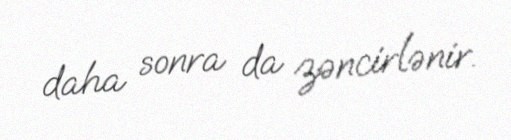
daha sonra da zəncirlənir.